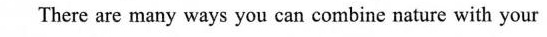
There are many ways you can combine nature with your